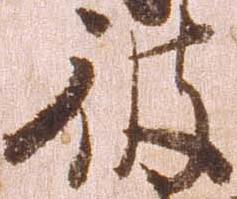
彼